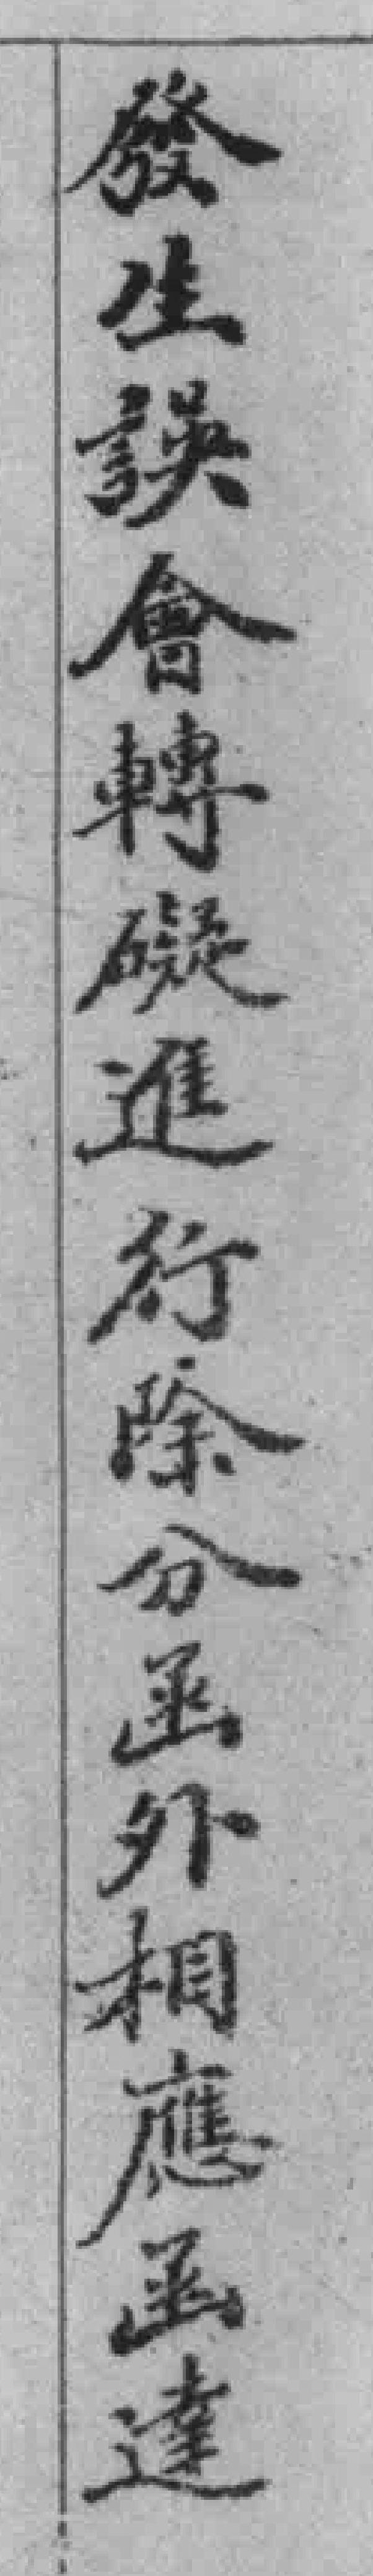
發生誤會轉礙進行除分函外相應函達